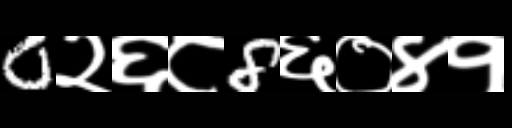
Text: 0२६८8६०४१